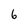
Character: 6